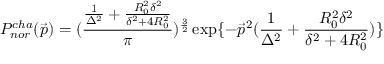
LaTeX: P _ { n o r } ^ { c h a } ( \vec { p } ) = ( \frac { \frac { 1 } { \Delta ^ { 2 } } + \frac { R _ { 0 } ^ { 2 } \delta ^ { 2 } } { \delta ^ { 2 } + 4 R _ { 0 } ^ { 2 } } } { \pi } ) ^ { \frac { 3 } { 2 } } \exp \{ - \vec { p } ^ { 2 } ( \frac { 1 } { \Delta ^ { 2 } } + \frac { R _ { 0 } ^ { 2 } \delta ^ { 2 } } { \delta ^ { 2 } + 4 R _ { 0 } ^ { 2 } } ) \}